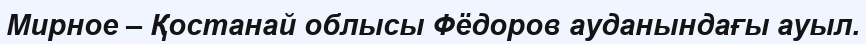
Мирное – Қостанай облысы Фёдоров ауданындағы ауыл.